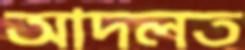
আদলত